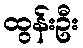
ထွန်းဦး